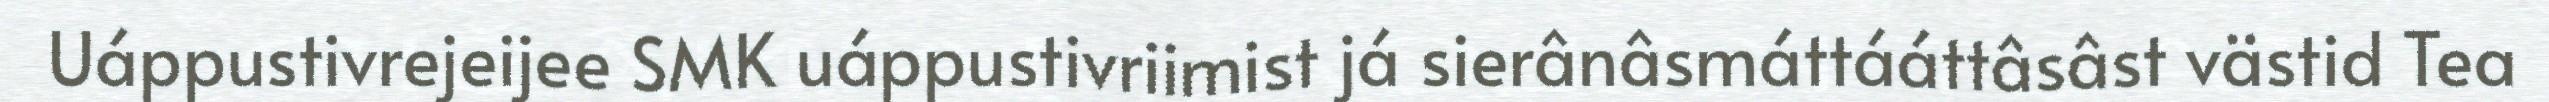
Uáppustivrejeijee SMK uáppustivriimist já sierânâsmáttááttâsâst västid Tea